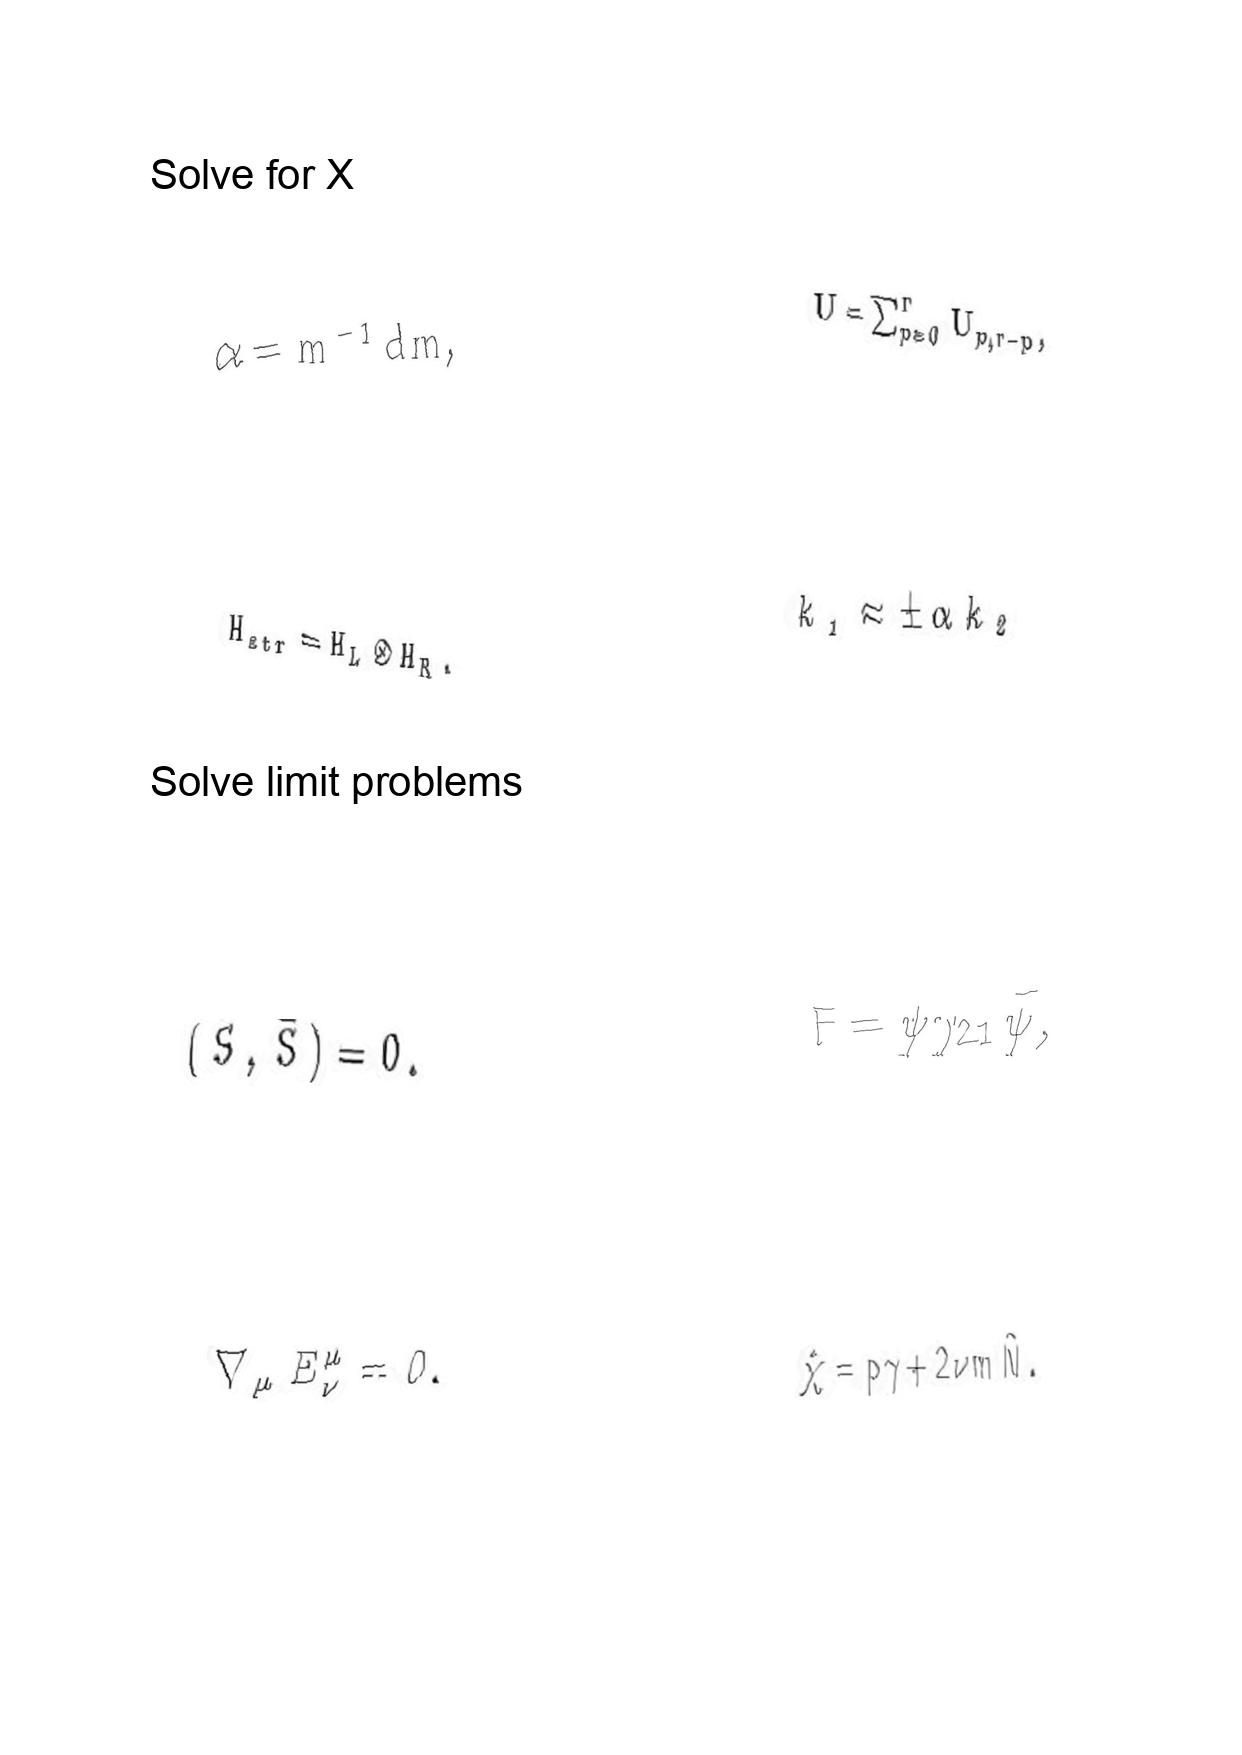
LaTeX transcription:
\alpha = m ^ { - 1 } d m ,
H _ { s t r } = H _ { L } \otimes H _ { R } .
\lparen \bar { S } , \bar { S } \rparen = 0 .
\nabla _ { \mu } E _ { \nu } ^ { \mu } = 0 .
U = \sum _ { p = 0 } ^ { r } U _ { p , r - p } ,
k _ { 1 } \approx \pm \alpha k _ { 2 }
F = \psi \gamma _ { 2 1 } \tilde { \psi } ,
\hat { \chi } = p \gamma + 2 \nu m \hat { N } .